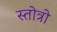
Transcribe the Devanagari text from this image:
स्तोत्रो